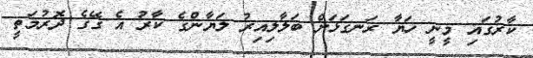
ކާރުގައި މީނީ ހަޔާ ރަނގަޅަށް ބަލާލިއިރު ލަޔާންގެ ކާރު އެ ގޭގެ ދޮރުމަތީ